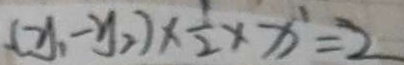
( y _ { 1 } - y _ { 2 } ) \times \frac { 1 } { 2 } \times x ^ { 1 } = 2